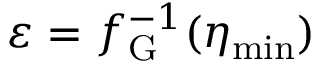
\varepsilon = f _ { \mathrm { G } } ^ { - 1 } ( \eta _ { \mathrm { m i n } } )